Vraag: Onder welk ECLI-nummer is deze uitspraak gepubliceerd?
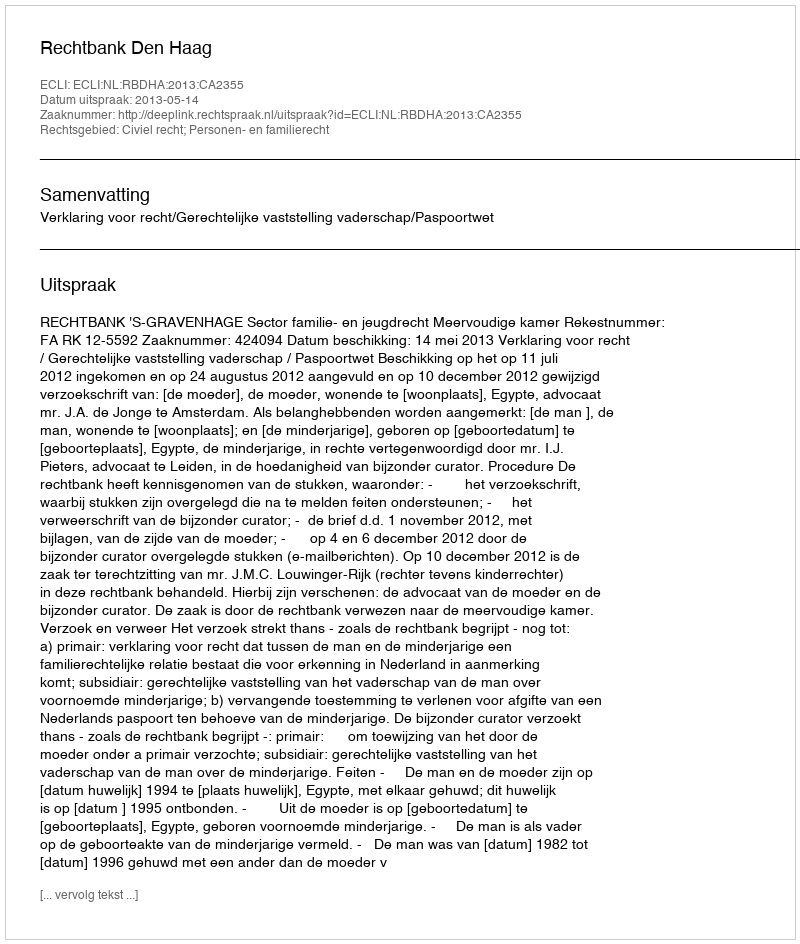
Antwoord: ECLI:NL:RBDHA:2013:CA2355